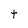
Character: t